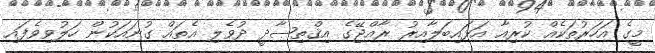
މީގެ އަހަރުތަކެއް ކުރިއާ އަޅައިބަލާއިރު ރާއްޖޭގެ އިޤްތިޞާދީ ދުވެލި އެތައް ގުނައަކުން ހަލުވިވެފައި